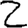
Digit: 2